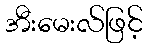
အီးမေးလ်ဖြင့်